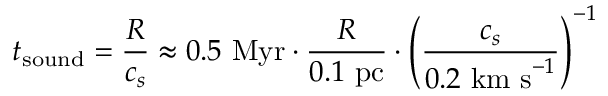
t _ { \mathrm { s o u n d } } = { \frac { R } { c _ { s } } } \approx 0 . 5 { \mathrm { ~ M y r } } \cdot { \frac { R } { 0 . 1 { \mathrm { ~ p c } } } } \cdot \left( { \frac { c _ { s } } { 0 . 2 { \mathrm { ~ k m ~ s } } ^ { - 1 } } } \right) ^ { - 1 }